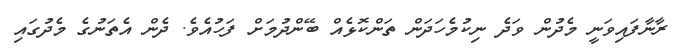
ރާނާފައިވަނީ މެދުން ވަދެ ނިކުމެހަދަން ތަންކޮޅެއް ބޭންދުމަށް ފަހުއެވެ. ދެން އެތަނުގެ މެދުގައި